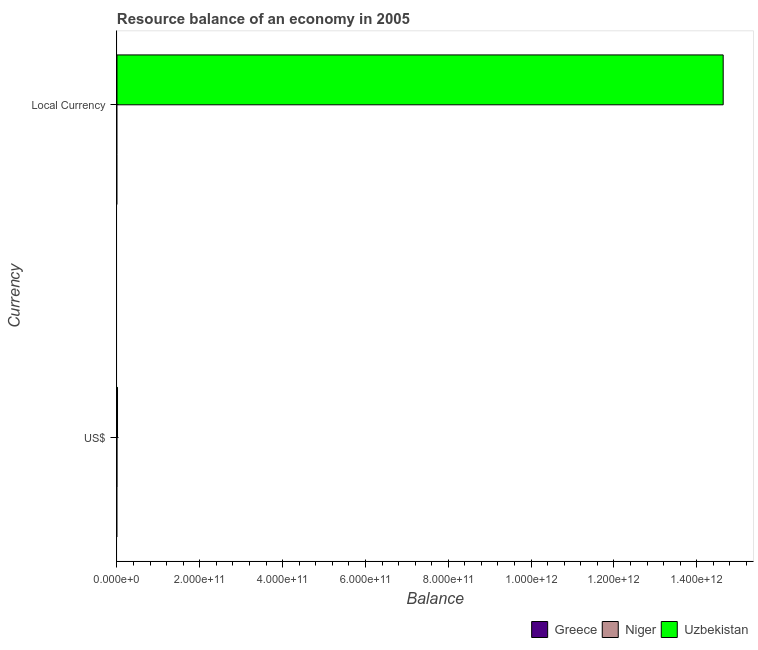
| Currency | Greece | Niger | Uzbekistan |
 | --- | --- | --- | --- |
 | US$ | -2.05e+10 | -4.84e+08 | 1.32e+09 |
 | Local Currency | -1.65e+10 | -2.55e+11 | 1.46e+12 |